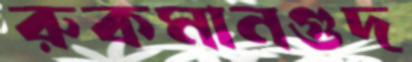
রুকমানগুদ